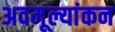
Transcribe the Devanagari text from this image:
अवमूल्यांकन